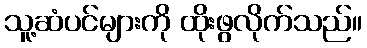
သူ့ဆံပင်များကို ထိုးဖွလိုက်သည်။